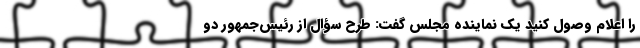
را اعلام وصول کنید یک نماینده مجلس گفت: طرح سؤال از رئیس‌جمهور دو